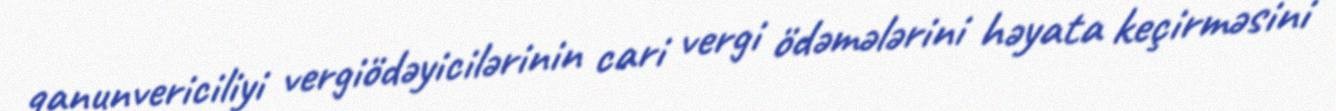
qanunvericiliyi vergiödəyicilərinin cari vergi ödəmələrini həyata keçirməsini